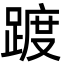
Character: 踱